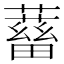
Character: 𧁖